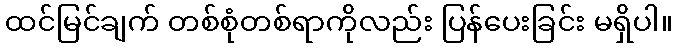
ထင်မြင်ချက် တစ်စုံတစ်ရာကိုလည်း ပြန်ပေးခြင်း မရှိပါ။